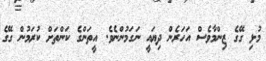
މުޅި ގޭގެ ޒިންމާވެސް އަހަރެން ދިޔައީ ނަގަމުންނެވެ. އީތަންގެ ކަންތަށް ކުރަމުން ގޭގެ